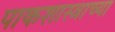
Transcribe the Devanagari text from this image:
पाकशास्त्राच्या